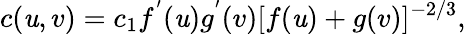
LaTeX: c(\mathit{u},v)=c_{1}f^{'}(\mathit{u})g^{'}(v)[f(\mathit{u})+g(v)]^{-2/3},